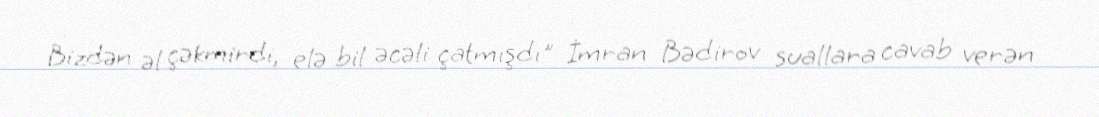
Bizdən əl çəkmirdi, elə bil əcəli çatmışdı" İmran Bədirov suallara cavab verən